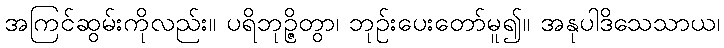
အကြင်ဆွမ်းကိုလည်း။ ပရိဘုဉ္ဇိတွာ၊ ဘုဉ်းပေးတော်မူ၍။ အနုပါဒိသေသာယ၊